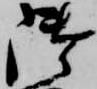
御